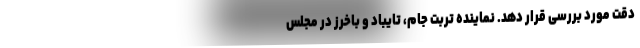
دقت مورد بررسی قرار دهد. نماینده تربت جام، تایباد و باخرز در مجلس